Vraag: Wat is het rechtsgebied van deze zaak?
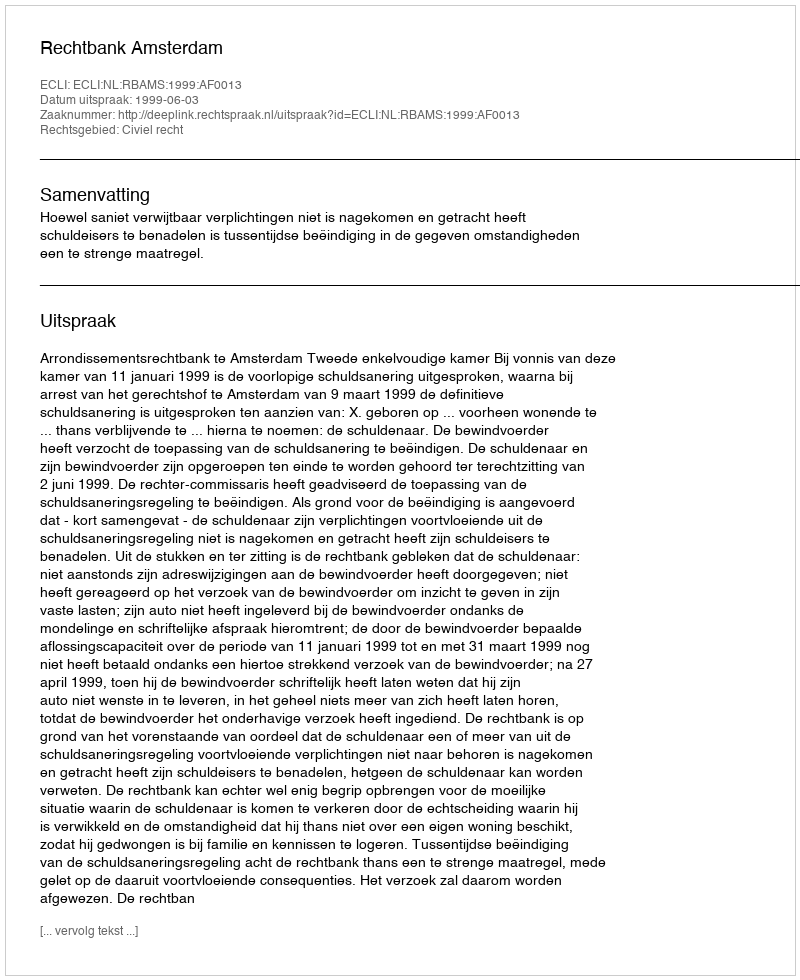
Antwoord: Civiel recht